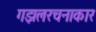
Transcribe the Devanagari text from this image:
गझलरचनाकार